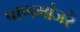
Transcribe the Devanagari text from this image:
पाणमांजरे